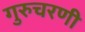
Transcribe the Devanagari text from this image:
गुरुचरणी